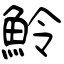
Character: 魿